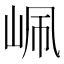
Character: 𡶺